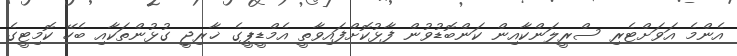
އެންމެ އަވަށްޓެރި ސްރީލަންކާއިން ކަންބޮޑުވުން ފާޅުކޮށްފައިވާތީ އެމްޑީޕީގެ ޚާރިޖީ ގުޅުންތަކާއި ބެހޭ ކޮމިޓީގެ